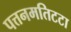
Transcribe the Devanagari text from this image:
पत्तनमतिटटा